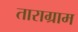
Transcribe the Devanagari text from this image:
ताराग्राम